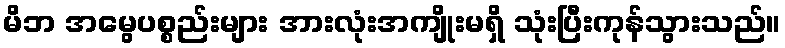
မိဘ အမွေပစ္စည်းများ အားလုံးအကျိုးမရှိ သုံးပြီးကုန်သွားသည်။